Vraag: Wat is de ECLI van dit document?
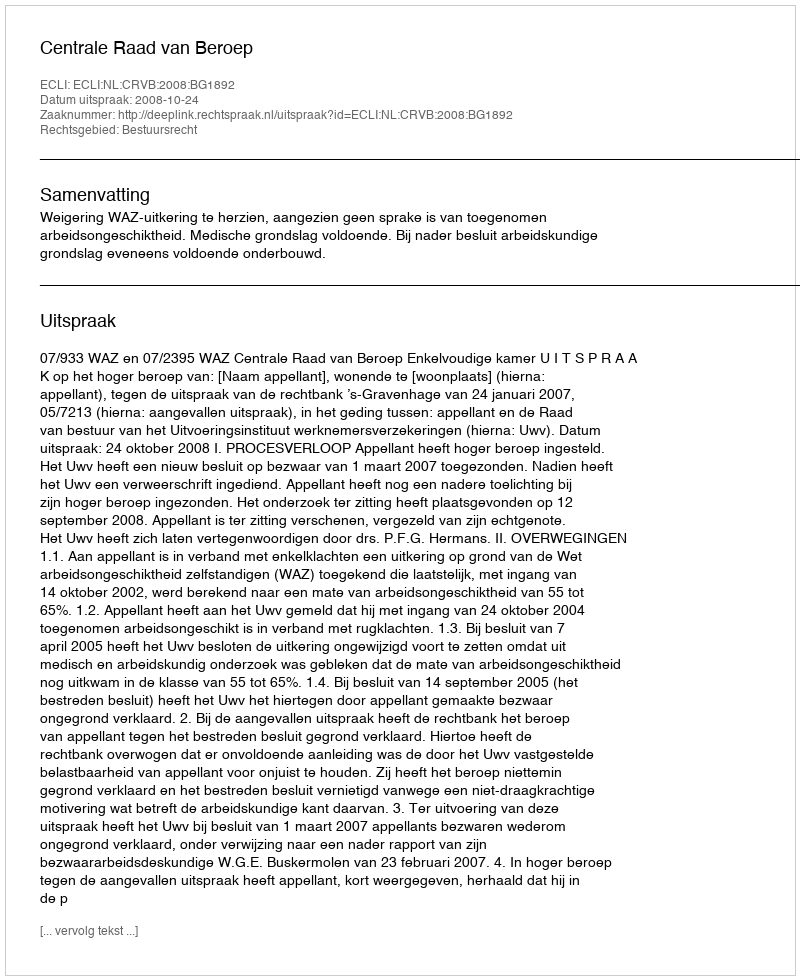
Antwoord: ECLI:NL:CRVB:2008:BG1892